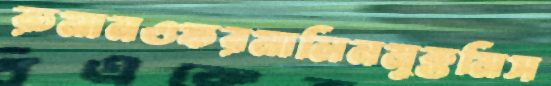
রুমানওফরমালিনমুক্তমিস